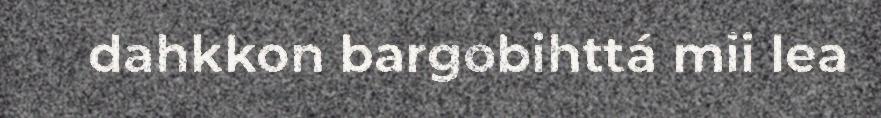
dahkkon bargobihttá mii lea